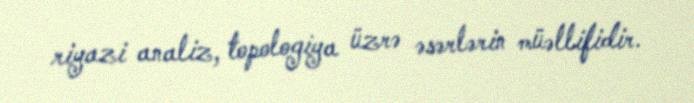
riyazi analiz, topologiya üzrə əsərlərin müəllifidir.